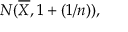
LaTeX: N ( { \overline { { X } } } , 1 + ( 1 / n ) ) ,